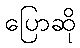
ပြောဆို